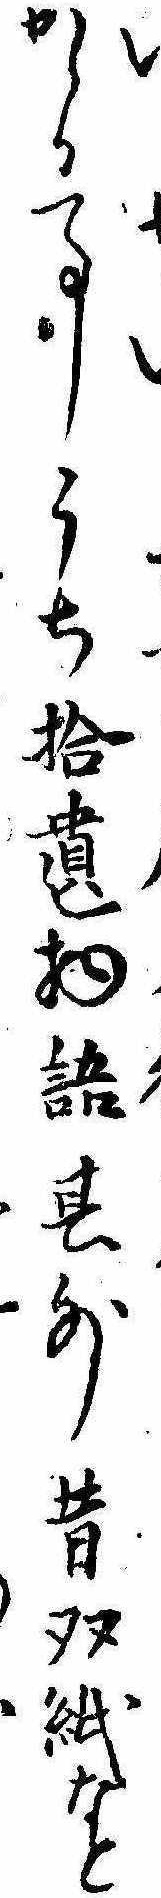
かゝる事うち拾遺物語其外昔双紙なと